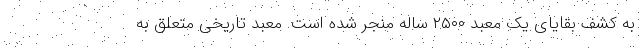
به کشف بقایای یک معبد ۲۵۰۰ ساله منجر شده است. معبد تاریخی متعلق به